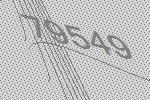
79549